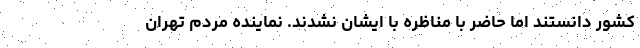
کشور دانستند اما حاضر با مناظره با ایشان نشدند. نماینده مردم تهران